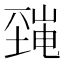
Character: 𡐜